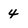
Character: 4